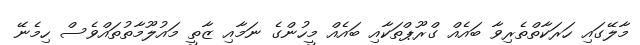
މާލޭގައި ހަރަކާތްތެރިވާ ބައެއް ގްރޫޕްތަކާއި ބައެއް މީހުންގެ ނަމާއި ޒާތީ މައުލޫމާތުތަައްވެސް ހިމެނޭ